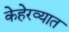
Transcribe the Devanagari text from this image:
केहेरव्यात